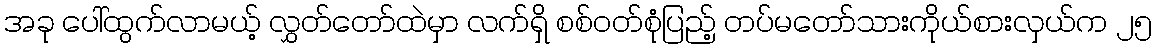
အခု ပေါ်ထွက်လာမယ့် လွှတ်တော်ထဲမှာ လက်ရှိ စစ်ဝတ်စုံပြည့် တပ်မတော်သားကိုယ်စားလှယ်က ၂၅